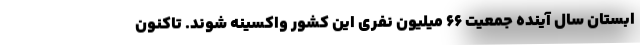
ابستان سال آینده جمعیت ۶۶ میلیون نفری این کشور واکسینه شوند. تاکنون